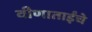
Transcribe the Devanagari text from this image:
वीणाताईंचे